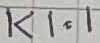
Text: K1.1